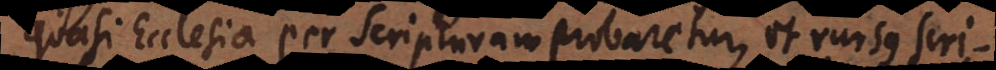
quasi Ecclesia per Scripturam probaretur, et rursus Scri